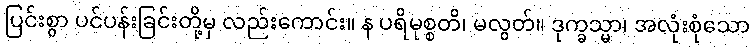
ပြင်းစွာ ပင်ပန်းခြင်းတို့မှ လည်းကောင်း။ န ပရိမုစ္စတိ၊ မလွတ်။ ဒုက္ခသ္မာ၊ အလုံးစုံသော